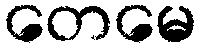
တေမေ